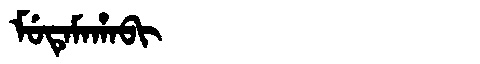
Manchu: ᠮᡠᡨᡝᠮᠠᡥᠠᠪᡳ
Romanization: MUTEMAHABI